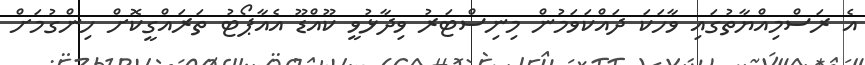
އެ ރަސްމިއްޔާތުގައި ވާހަކަ ދައްކަވަމުން މިނިސްޓަރު ވިދާޅުވީ ކޫއްޑޫ އެއާޕޯޓު ތަރައްގީކޮށް ހިންގުމަށް